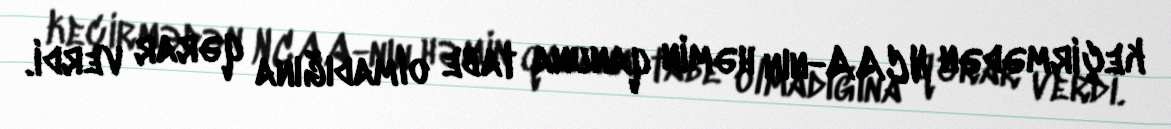
keçirmədən NCAA-nın həmin qanuna tabe olmadığına qərar verdi.